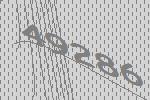
49286